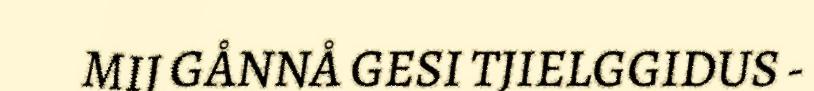
MIJ GÅNNÅ GESI TJIELGGIDUS -